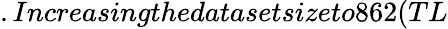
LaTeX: .Increasingthedatasetsizeto862(TL